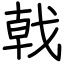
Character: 戟